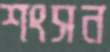
শংসন